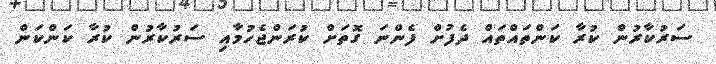
ސަރުކާރުން ކުރާ ކަންތައްތައް ދެފުށް ފެންނަ ގޮތަށް ކުރަންޖެހުމާއި ސަރުކާރުން ކުރާ ކަންކަން